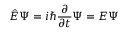
{ \hat { E } } \Psi = i \hbar { \frac { \partial } { \partial t } } \Psi = E \Psi